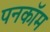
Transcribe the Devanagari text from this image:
पनकॉम